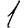
Digit: 1